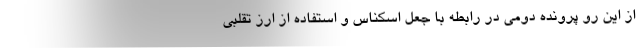
از این رو پرونده دومی در رابطه با جعل اسکناس و استفاده از ارز تقلبی